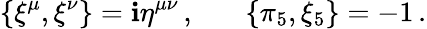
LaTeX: \{ \xi^{\mu},\xi^{\nu}\} =\mathbf{i}\eta^{\mu\nu}\, ,~~~~~~~\{ \pi_{5},\xi_{5}\} =-1\, .